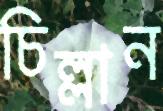
চিল্লান